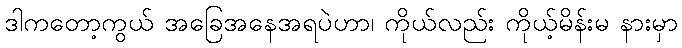
ဒါကတော့ကွယ် အခြေအနေအရပဲဟာ၊ ကိုယ်လည်း ကိုယ့်မိန်းမ နားမှာ